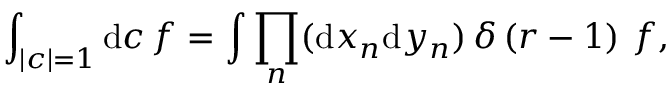
\int _ { | c | = 1 } \mathrm { d } c \, f = \int \prod _ { n } ( \mathrm { d } x _ { n } \mathrm { d } y _ { n } ) \, \delta \left( r - 1 \right) \, f ,